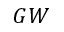
G W